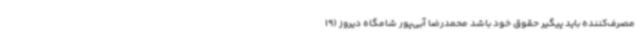
مصرف‌کننده باید پیگیر حقوق خود باشد محمدرضا آبی‌پور شامگاه دیروز (19